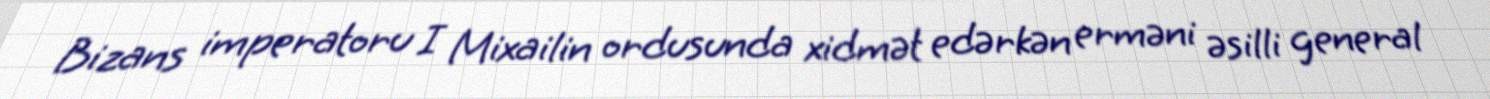
Bizans imperatoru I Mixailin ordusunda xidmət edərkən erməni əsilli general